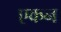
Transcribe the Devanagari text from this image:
एकन